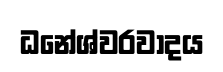
ධනේශ්වරවාදය